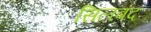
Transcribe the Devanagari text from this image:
सिलबंद